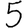
Digit: 5